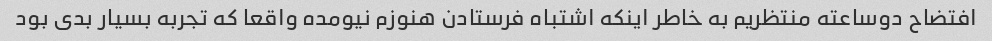
افتضاح دوساعته منتظریم به خاطر اینکه اشتباه فرستادن هنوزم نیومده واقعا که تجربه بسیار بدی بود